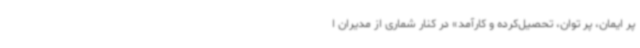
پر ایمان، پر توان، تحصیل‌کرده و کارآمد» در کنار شماری از مدیران ا